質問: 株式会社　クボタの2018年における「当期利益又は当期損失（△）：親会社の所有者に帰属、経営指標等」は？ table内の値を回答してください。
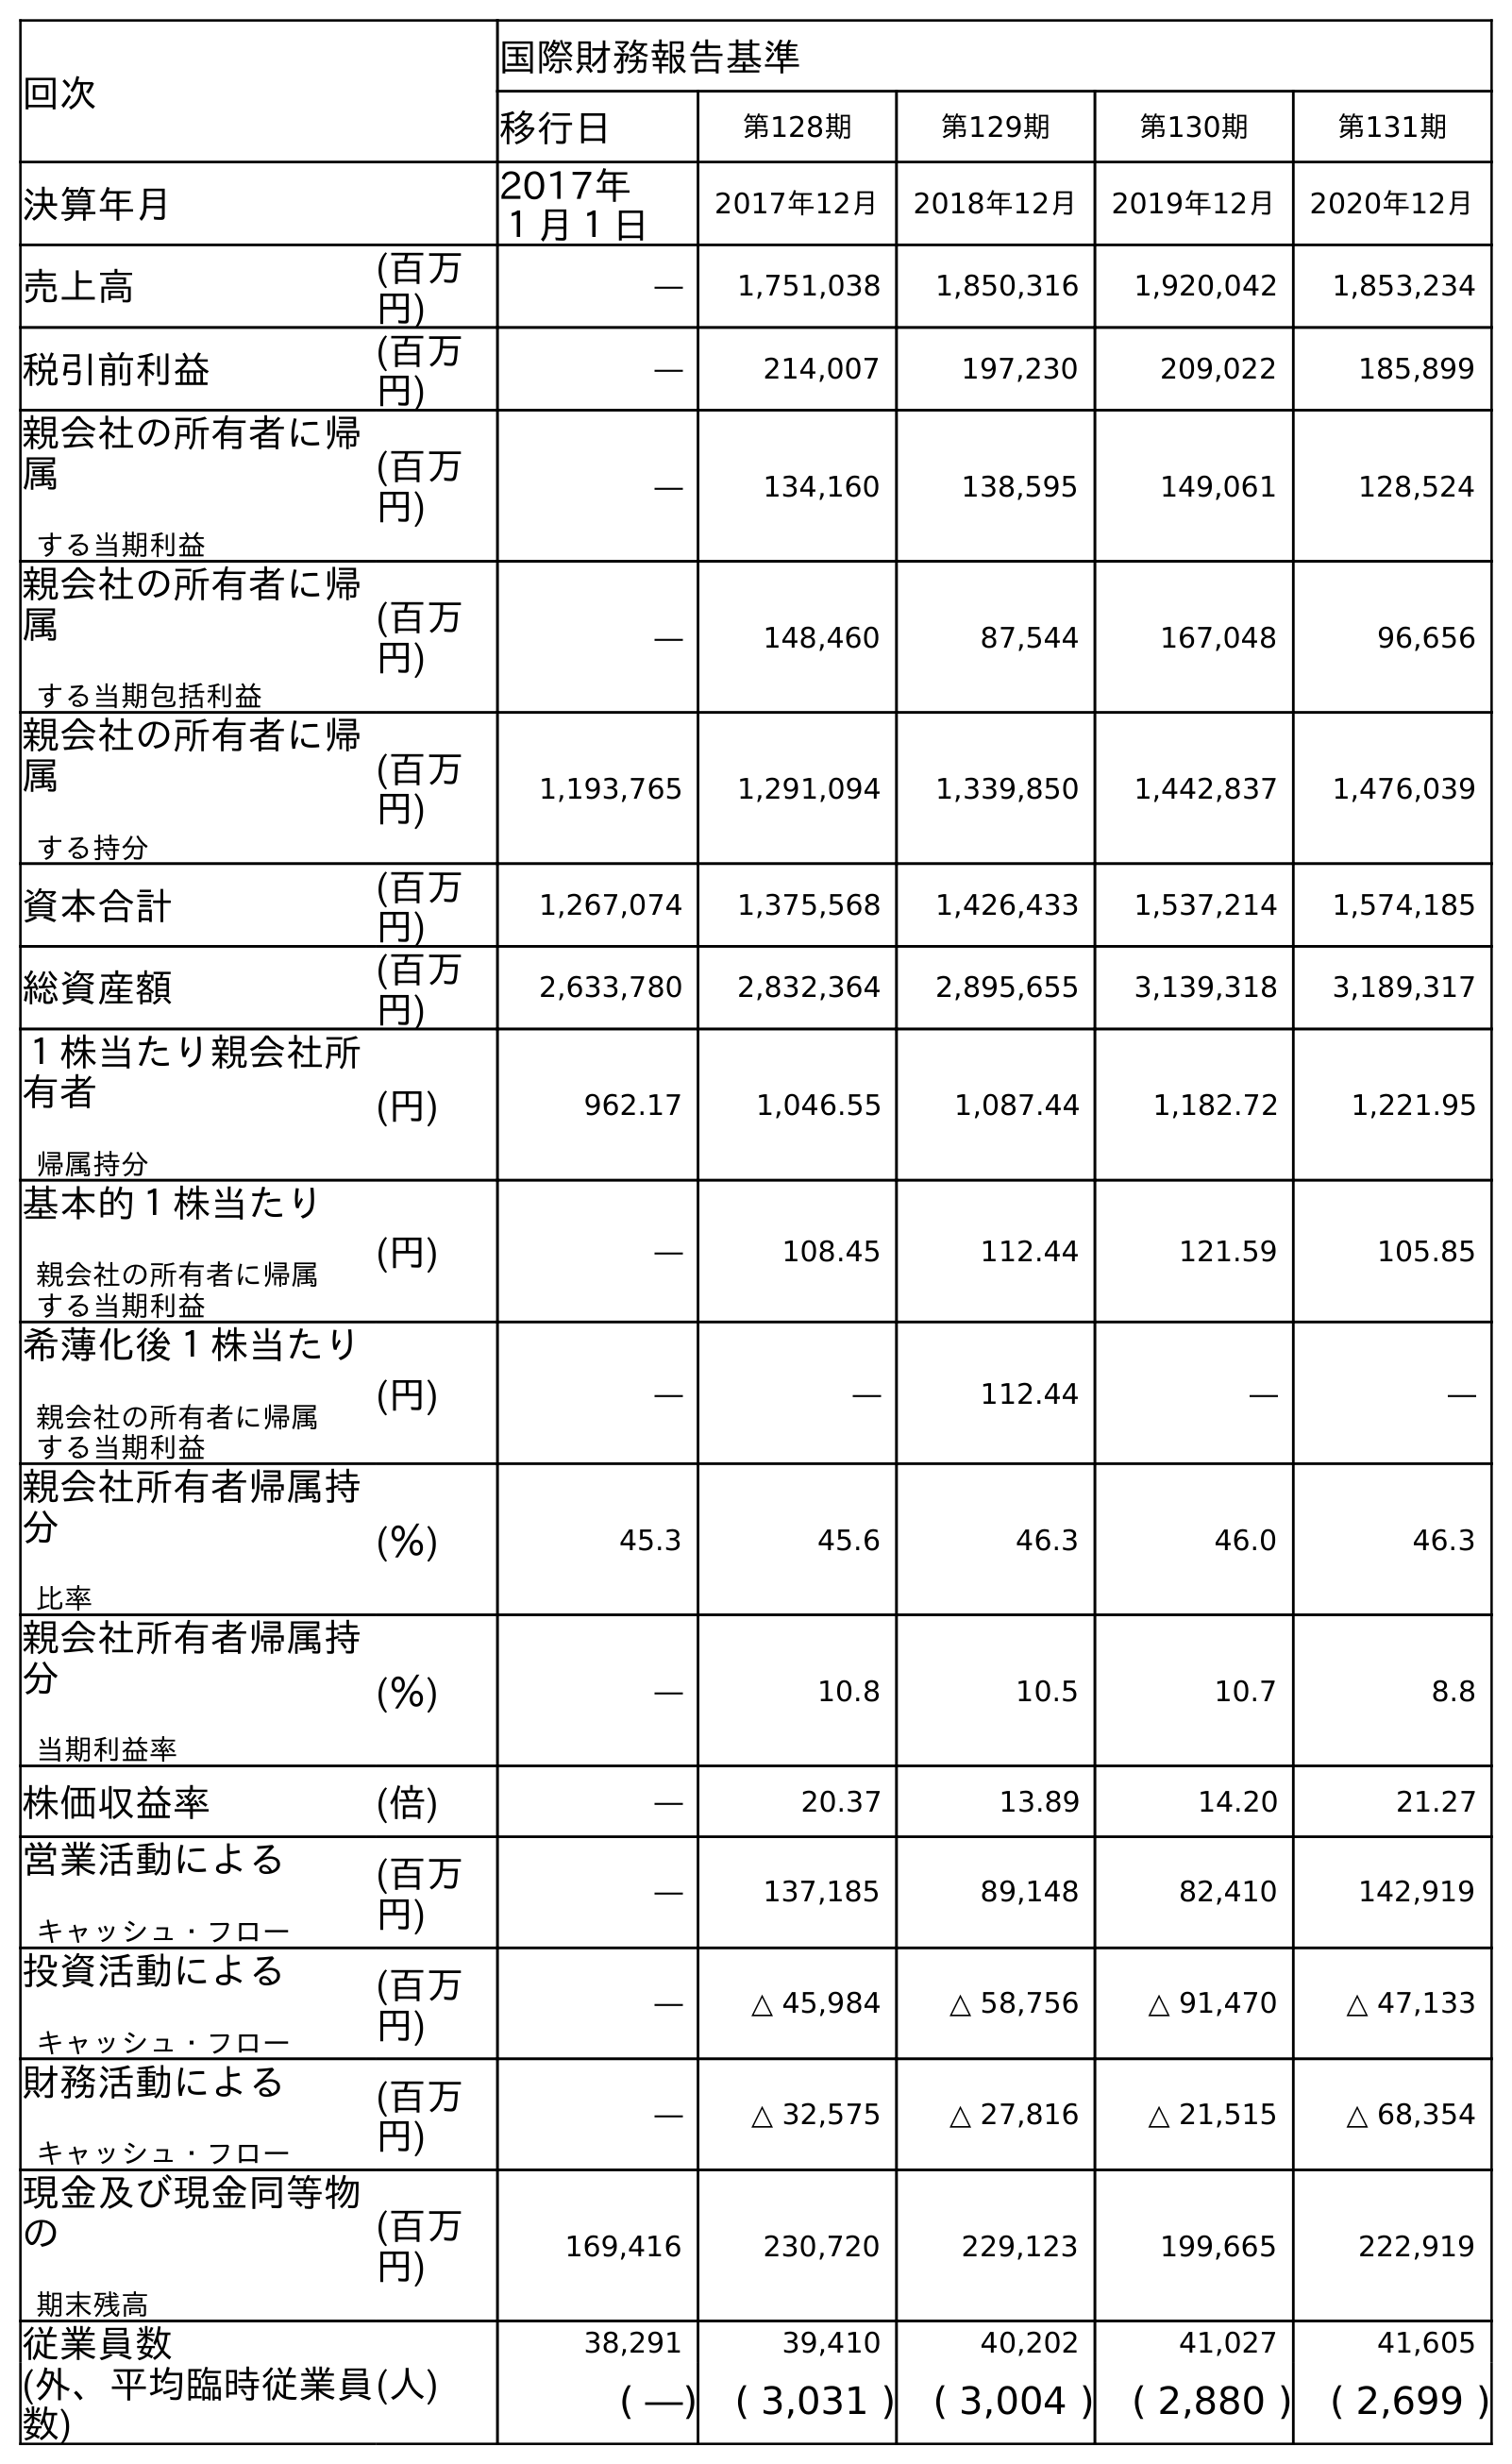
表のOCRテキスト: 回次 国際財務報告基準 移行日 第128期 第129期 第130期 第131期 決算年月 2017年 １月１日 2017年12月 2018年12月 2019年12月 2020年12月 売上高 (百万 円) ― 1,751,038 1,850,316 1,920,042 1,853,234 税引前利益 (百万 円) ― 214,007 197,230 209,022 185,899 親会社の所有者に帰 属 する当期利益 (百万 円) ― 134,160 138,595 149,061 128,524 親会社の所有者に帰 属 する当期包括利益 (百万 円) ― 148,460 87,544 167,048 96,656 親会社の所有者に帰 属 する持分 (百万 円) 1,193,765 1,291,094 1,339,850 1,442,837 1,476,039 資本合計 (百万 円) 1,267,074 1,375,568 1,426,433 1,537,214 1,574,185 総資産額 (百万 円) 2,633,780 2,832,364 2,895,655 3,139,318 3,189,317 １株当たり親会社所 有者 帰属持分 (円) 962.17 1,046.55 1,087.44 1,182.72 1,221.95 基本的１株当たり 親会社の所有者に帰属 する当期利益 (円) ― 108.45 112.44 121.59 105.85 希薄化後１株当たり 親会社の所有者に帰属 する当期利益 (円) ― ― 112.44 ― ― 親会社所有者帰属持 分 比率 (％) 45.3 45.6 46.3 46.0 46.3 親会社所有者帰属持 分 当期利益率 (％) ― 10.8 10.5 10.7 8.8 株価収益率 (倍) ― 20.37 13.89 14.20 21.27 営業活動による キャッシュ・フロー (百万 円) ― 137,185 89,148 82,410 142,919 投資活動による キャッシュ・フロー (百万 円) ― △ 45,984 △ 58,756 △ 91,470 △ 47,133 財務活動による キャッシュ・フロー (百万 円) ― △ 32,575 △ 27,816 △ 21,515 △ 68,354 現金及び現金同等物 の 期末残高 (百万 円) 169,416 230,720 229,123 199,665 222,919 従業員数 (人) 38,291 39,410 40,202 41,027 41,605 (外、平均臨時従業員 数) ( ―) ( 3,031 ) ( 3,004 ) ( 2,880 ) ( 2,699 )
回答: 138,595